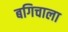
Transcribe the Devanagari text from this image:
बगिचाला